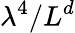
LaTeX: \lambda^{4}/L^{d}